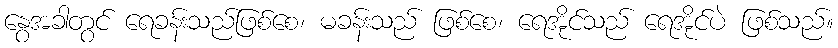
နွေအခါတွင် ရေခန်းသည်ဖြစ်စေ၊ မခန်းသည် ဖြစ်စေ၊ ရေအိုင်သည် ရေအိုင်ပဲ ဖြစ်သည်။